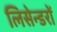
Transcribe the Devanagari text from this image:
लिसेन्डरों